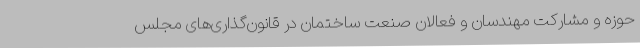
حوزه و مشارکت مهندسان و فعالان صنعت ساختمان در قانون‌گذاری‌های مجلس